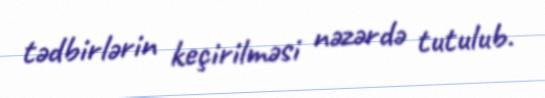
tədbirlərin keçirilməsi nəzərdə tutulub.